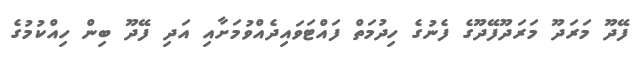
ފޭދޫ މަރަދޫ މަރަދޫފޭދޫގެ ފެނުގެ ހިދުމަތް ފައްޓަވައިދެއްވުމަށާއި އަދި ފޭދޫ ބިން ހިއްކުމުގެ